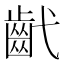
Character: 𢎕